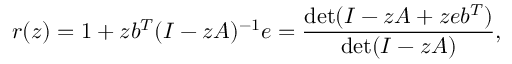
r ( z ) = 1 + z b ^ { T } ( I - z A ) ^ { - 1 } e = { \frac { \operatorname* { d e t } ( I - z A + z e b ^ { T } ) } { \operatorname* { d e t } ( I - z A ) } } ,